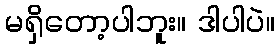
မရှိတော့ပါဘူး။ ဒါပါပဲ။